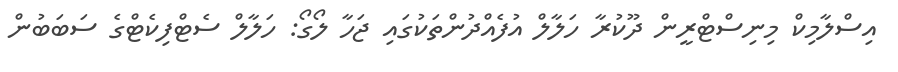
އިސްލާމިކް މިނިސްޓްރީން ދޫކުރާ ހަލާލް އުފެއްދުންތަކުގައި ޖަހާ ލޯގޯ: ހަލާލް ސެޓްފިކެޓްގެ ސަބަބުން